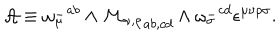
LaTeX: { \cal A } \equiv { \omega _ { \mu } ^ { - } } ^ { a b } \wedge { \cal M _ { \nu , \rho } } _ { a b , c d } \wedge { \omega _ { \sigma } ^ { - } } ^ { c d } \epsilon ^ { \mu \nu \rho \sigma } .